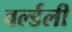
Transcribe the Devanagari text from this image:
वर्ल्डली